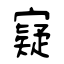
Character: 寲